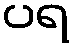
ပရ